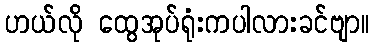
ဟယ်လို ထွေအုပ်ရုံးကပါလားခင်ဗျာ။